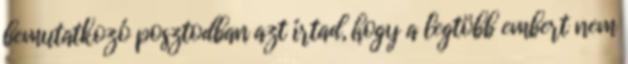
bemutatkozó posztodban azt írtad, hogy a legtöbb embert nem